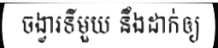
ចង្វារទីមួយ នឹងដាក់ឲ្យ